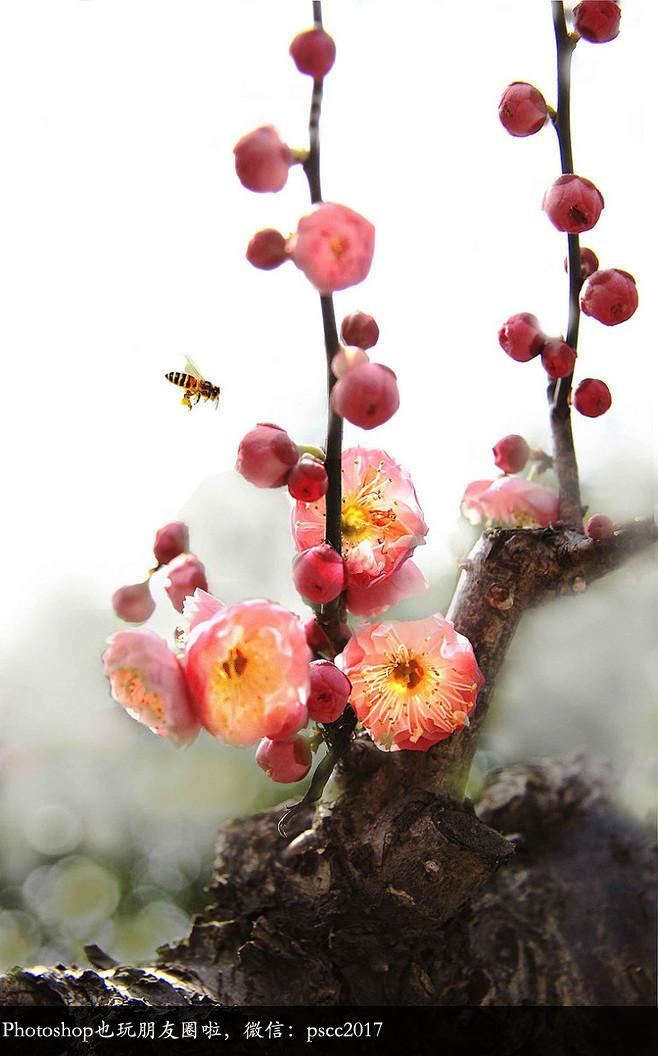
春近寒虽转，梅舒雪尚飘。